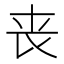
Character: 丧